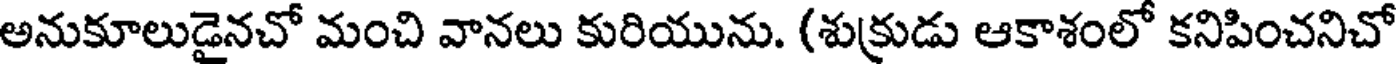
అనుకూలుడైనచో మంచి వానలు కురియును. (శుక్రుడు ఆకాశంలో కనిపించనిచో